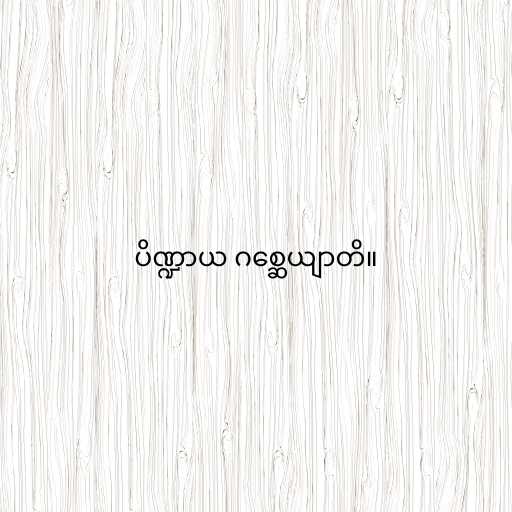
ပိဏ္ဍာယ ဂစ္ဆေယျာတိ။